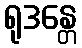
ရုဒန္တေ